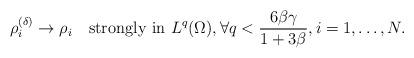
LaTeX: \begin{align*}\rho_i^{(\delta)}\to\rho_i\quad\mbox{strongly in }L^q(\Omega),\forall q<\frac{6\beta\gamma}{1+3\beta},i=1,\ldots,N.\end{align*}